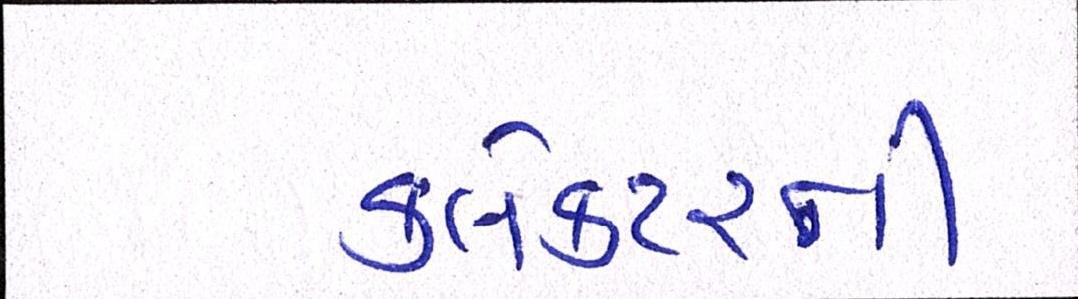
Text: કલેક્ટરની